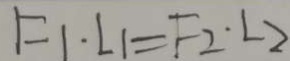
F _ { 1 } \cdot L _ { 1 } = F _ { 2 } \cdot L 2